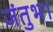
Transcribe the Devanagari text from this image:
जंतुभ।